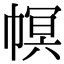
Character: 幎